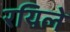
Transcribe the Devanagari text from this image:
रयिले